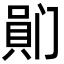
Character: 𪡯